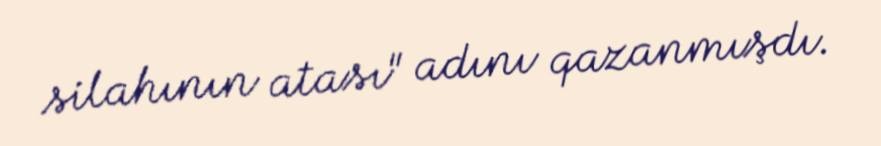
silahının atası" adını qazanmışdı.